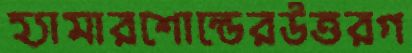
হ্যামারশোল্ডেরউত্তরগ